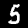
Label: 5